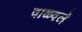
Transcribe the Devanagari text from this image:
वाळ्वले